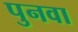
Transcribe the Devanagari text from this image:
पुनवा